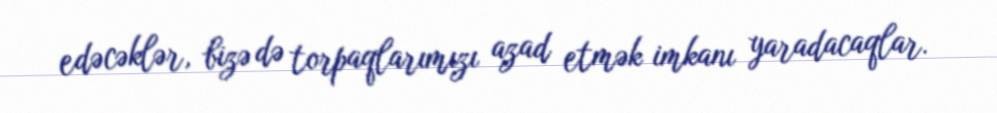
edəcəklər, bizə də torpaqlarımızı azad etmək imkanı yaradacaqlar.